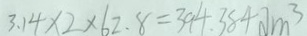
3 . 1 4 \times 2 \times 6 2 . 8 = 3 9 4 . 3 8 4 d m ^ { 3 }